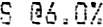
S @6.0%